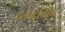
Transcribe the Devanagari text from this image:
एलेक्ट्रोग्राम